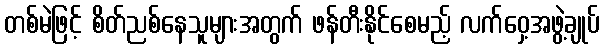
တစ်မဲဖြင့် စိတ်ညစ်နေသူများအတွက် ဖန်တီးနိုင်စေမည့် လက်ဝှေ့အဖွဲ့ချုပ်